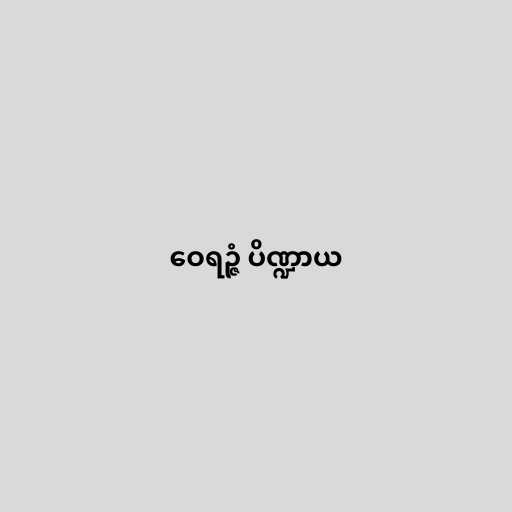
ဝေရဉ္ဇံ ပိဏ္ဍာယ